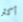
أكثر